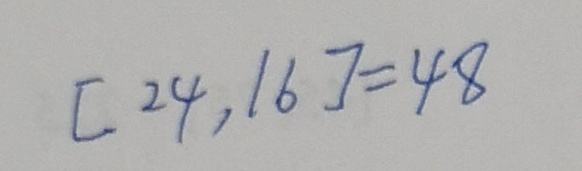
[ 2 4 , 1 6 ] = 4 8